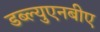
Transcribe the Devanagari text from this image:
डब्ल्युएनबीए